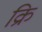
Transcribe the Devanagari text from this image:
क्रि